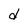
Character: d